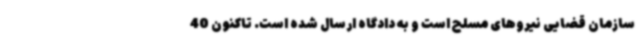
سازمان قضایی نیروهای مسلح است و به دادگاه ارسال شده است. تاکنون 40